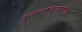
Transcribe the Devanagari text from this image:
पूजांचपुष्पधूपाद्यैर्बलिभिः